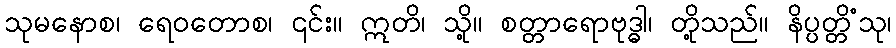
သုမနောစ၊ ရေဝတောစ၊ ၎င်း။ ဣတိ၊ သို့။ စတ္တာရောဗုဒ္ဓါ၊ တို့သည်။ နိပ္ပတ္တိံသု၊